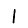
Digit: 1